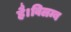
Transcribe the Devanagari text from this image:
है।विलम्ब